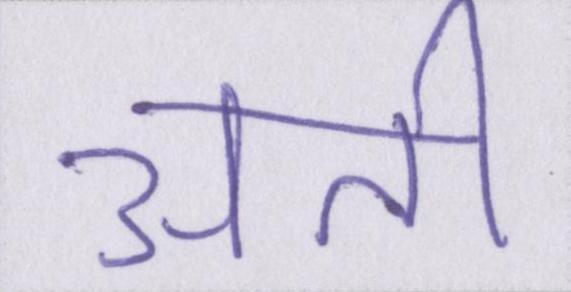
अती